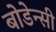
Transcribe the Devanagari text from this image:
बोडेन्सी